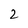
Character: 2